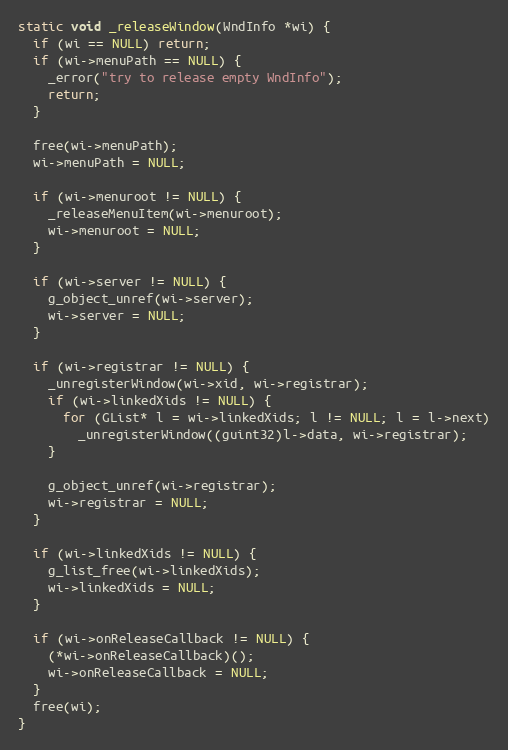
Language: C
static void _releaseWindow(WndInfo *wi) {
  if (wi == NULL) return;
  if (wi->menuPath == NULL) {
    _error("try to release empty WndInfo");
    return;
  }

  free(wi->menuPath);
  wi->menuPath = NULL;

  if (wi->menuroot != NULL) {
    _releaseMenuItem(wi->menuroot);
    wi->menuroot = NULL;
  }

  if (wi->server != NULL) {
    g_object_unref(wi->server);
    wi->server = NULL;
  }

  if (wi->registrar != NULL) {
    _unregisterWindow(wi->xid, wi->registrar);
    if (wi->linkedXids != NULL) {
      for (GList* l = wi->linkedXids; l != NULL; l = l->next)
        _unregisterWindow((guint32)l->data, wi->registrar);
    }

    g_object_unref(wi->registrar);
    wi->registrar = NULL;
  }

  if (wi->linkedXids != NULL) {
    g_list_free(wi->linkedXids);
    wi->linkedXids = NULL;
  }

  if (wi->onReleaseCallback != NULL) {
    (*wi->onReleaseCallback)();
    wi->onReleaseCallback = NULL;
  }
  free(wi);
}